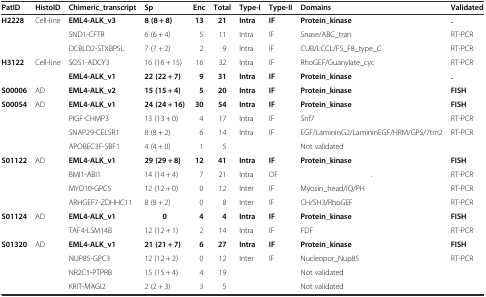
<table><thead><tr><td><b>PatID</b></td><td><b>HistoID</b></td><td><b>Chimeric_transcript</b></td><td><b>Sp</b></td><td><b>Enc</b></td><td><b>Total</b></td><td><b>Type-I</b></td><td><b>Type-II</b></td><td><b>Domains</b></td><td><b>Validated</b></td></tr></thead><tbody><tr><td rowspan="3"><b>H2228</b></td><td rowspan="3">Cell-line</td><td><b>EML4-ALK_v3</b></td><td><b>8 (8 + 8)</b></td><td><b>13</b></td><td><b>21</b></td><td><b>Intra</b></td><td><b>IF</b></td><td><b>Protein_kinase</b></td><td><b>.</b></td></tr><tr><td>SND1-CFTR</td><td>6 (6 + 4)</td><td>5</td><td>11</td><td>Intra</td><td>IF</td><td>Snase/ABC_tran</td><td>RT-PCR</td></tr><tr><td>DCBLD2-STXBP5L</td><td>7 (7 + 2)</td><td>2</td><td>9</td><td>Intra</td><td>IF</td><td>CUB/LCCL/F5_F8_type_C</td><td>RT-PCR</td></tr><tr><td rowspan="2"><b>H3122</b></td><td rowspan="2">Cell-line</td><td>SOS1-ADCY3</td><td>16 (16 + 15)</td><td>16</td><td>32</td><td>Intra</td><td>IF</td><td>RhoGEF/Guanylate_cyc</td><td>RT-PCR</td></tr><tr><td><b>EML4-ALK_v1</b></td><td><b>22 (22 + 7)</b></td><td><b>9</b></td><td><b>31</b></td><td><b>Intra</b></td><td><b>IF</b></td><td><b>Protein_kinase</b></td><td><b>.</b></td></tr><tr><td><b>S00006</b></td><td>AD</td><td><b>EML4-ALK_v2</b></td><td><b>15 (15 + 4)</b></td><td><b>5</b></td><td><b>20</b></td><td><b>Intra</b></td><td><b>IF</b></td><td><b>Protein_kinase</b></td><td><b>FISH</b></td></tr><tr><td rowspan="4"><b>S00054</b></td><td rowspan="4">AD</td><td><b>EML4-ALK_v1</b></td><td><b>24 (24 + 16)</b></td><td><b>30</b></td><td><b>54</b></td><td><b>Intra</b></td><td><b>IF</b></td><td><b>Protein_kinase</b></td><td><b>FISH</b></td></tr><tr><td>PIGF-CHMP3</td><td>13 (13 + 0)</td><td>4</td><td>17</td><td>Intra</td><td>IF</td><td>Snf7</td><td>RT-PCR</td></tr><tr><td>SNAP29-CELSR1</td><td>8 (8 + 2)</td><td>6</td><td>14</td><td>Intra</td><td>IF</td><td>EGF/LamininG2/LamininEGF/HRM/GPS/7tm2</td><td>RT-PCR</td></tr><tr><td>APOBEC3F-SBF1</td><td>4 (4 + 0)</td><td>1</td><td>5</td><td></td><td></td><td>Not validated</td><td></td></tr><tr><td rowspan="4"><b>S01122</b></td><td rowspan="4">AD</td><td><b>EML4-ALK_v1</b></td><td><b>29 (29 + 8)</b></td><td><b>12</b></td><td><b>41</b></td><td><b>Intra</b></td><td><b>IF</b></td><td><b>Protein_kinase</b></td><td><b>FISH</b></td></tr><tr><td>BMI1-ABI1</td><td>14 (14 + 4)</td><td>7</td><td>21</td><td>Intra</td><td>OF</td><td>.</td><td>RT-PCR</td></tr><tr><td>MYO10-GPC5</td><td>12 (12 + 0)</td><td>0</td><td>12</td><td>Inter</td><td>IF</td><td>Myosin_head/IQ/PH</td><td>RT-PCR</td></tr><tr><td>ARHGEF7-ZDHHC11</td><td>8 (8 + 2)</td><td>0</td><td>8</td><td>Inter</td><td>IF</td><td>CH/SH3/RhoGEF</td><td>RT-PCR</td></tr><tr><td rowspan="2"><b>S01124</b></td><td rowspan="2">AD</td><td><b>EML4-ALK_v1</b></td><td><b>0</b></td><td><b>4</b></td><td><b>4</b></td><td><b>Intra</b></td><td><b>IF</b></td><td><b>Protein_kinase</b></td><td><b>FISH</b></td></tr><tr><td>TAF4-LSM14B</td><td>12 (12 + 1)</td><td>2</td><td>14</td><td>Intra</td><td>IF</td><td>FDF</td><td>RT-PCR</td></tr><tr><td rowspan="4"><b>S01320</b></td><td rowspan="4">AD</td><td><b>EML4-ALK_v1</b></td><td><b>21 (21 + 7)</b></td><td><b>6</b></td><td><b>27</b></td><td><b>Intra</b></td><td><b>IF</b></td><td><b>Protein_kinase</b></td><td><b>FISH</b></td></tr><tr><td>NUP85-GPC3</td><td>12 (12 + 2)</td><td>0</td><td>12</td><td>Inter</td><td>IF</td><td>Nucleopor_Nup85</td><td>RT-PCR</td></tr><tr><td>NR2C1-PTPRB</td><td>15 (15 + 4)</td><td>4</td><td>19</td><td></td><td></td><td>Not validated</td><td></td></tr><tr><td>KRIT-MAGI2</td><td>2 (2 + 3)</td><td>3</td><td>5</td><td></td><td></td><td>Not validated</td><td></td></tr></tbody></table>